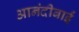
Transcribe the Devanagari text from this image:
आनंदीबाईं